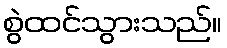
စွဲထင်သွားသည်။